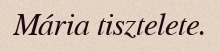
Mária tisztelete.